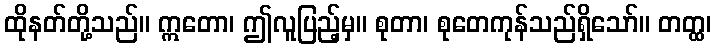
ထိုနတ်တို့သည်။ ဣတော၊ ဤလူပြည့်မှ။ စုတာ၊ စုတေကုန်သည်ရှိသော်။ တတ္ထ၊